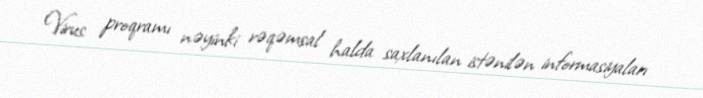
Virus proqramı nəyinki rəqəmsal halda saxlanılan istənilən informasiyaları